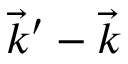
\vec { k } ^ { \prime } - \vec { k }